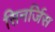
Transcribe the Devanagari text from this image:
सिनर्जिस